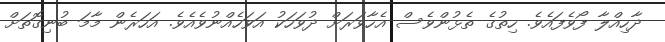
ދާހިއްލާ ފޯވެފައެވެ. ހިތުގެ ތެޅުންވެސް އެހާވަރަށް ދުވަހަކު އަވަހެއްނުވެއެވެ. އަހަރެން މާމަ ބުނިގޮތަށް